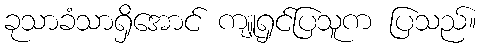
ခုသာခံသာရှိအောင် ကျူရှင်ပြသူက ပြသည်။